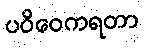
ပဝိဝေကရတာ